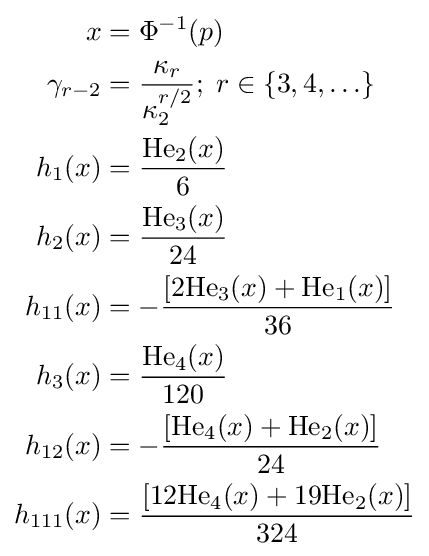
{\begin{aligned}x&=\Phi ^{-1}(p)\\\gamma _{r-2}&={\frac {\kappa _{r}}{\kappa _{2}^{r/2}}};\;r\in \{3,4,\ldots \}\\h_{1}(x)&={\frac {\mathrm {He} _{2}(x)}{6}}\\h_{2}(x)&={\frac {\mathrm {He} _{3}(x)}{24}}\\h_{11}(x)&=-{\frac {\left[2\mathrm {He} _{3}(x)+\mathrm {He} _{1}(x)\right]}{36}}\\h_{3}(x)&={\frac {\mathrm {He} _{4}(x)}{120}}\\h_{12}(x)&=-{\frac {\left[\mathrm {He} _{4}(x)+\mathrm {He} _{2}(x)\right]}{24}}\\h_{111}(x)&={\frac {\left[12\mathrm {He} _{4}(x)+19\mathrm {He} _{2}(x)\right]}{324}}\end{aligned}}